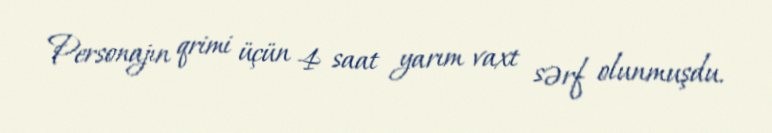
Personajın qrimi üçün 4 saat yarım vaxt sərf olunmuşdu.